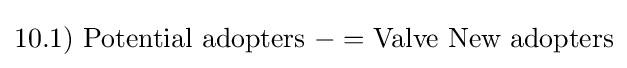
10.1)\ {\mbox{Potential adopters}}\ -={\mbox{Valve New adopters}}